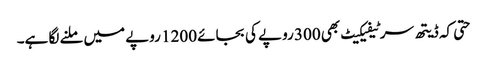
حتی کہ ڈیتھ سرٹیفیکیٹ بھی 300 روپے کی بجائے 1200 روپے میں ملنے لگا ہے۔